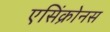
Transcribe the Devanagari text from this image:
एसिंक्रोनस